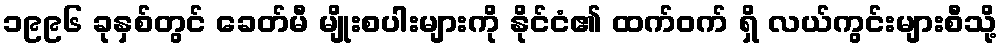
၁၉၉၆ ခုနှစ်တွင် ခေတ်မီ မျိုးစပါးများကို နိုင်ငံ၏ ထက်ဝက် ရှိ လယ်ကွင်းများစီသို့